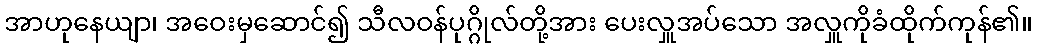
အာဟုနေယျာ၊ အဝေးမှဆောင်၍ သီလဝန်ပုဂ္ဂိုလ်တို့အား ပေးလှူအပ်သော အလှူကိုခံထိုက်ကုန်၏။